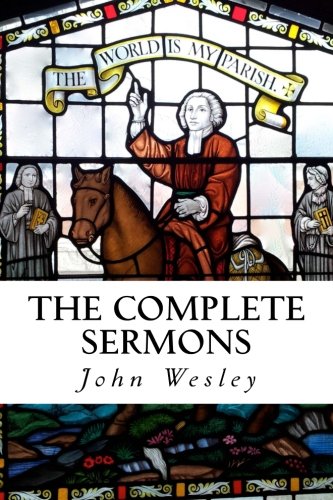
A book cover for The Complete Sermons; John Wesley; Christian Books & Bibles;